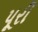
પૂરી